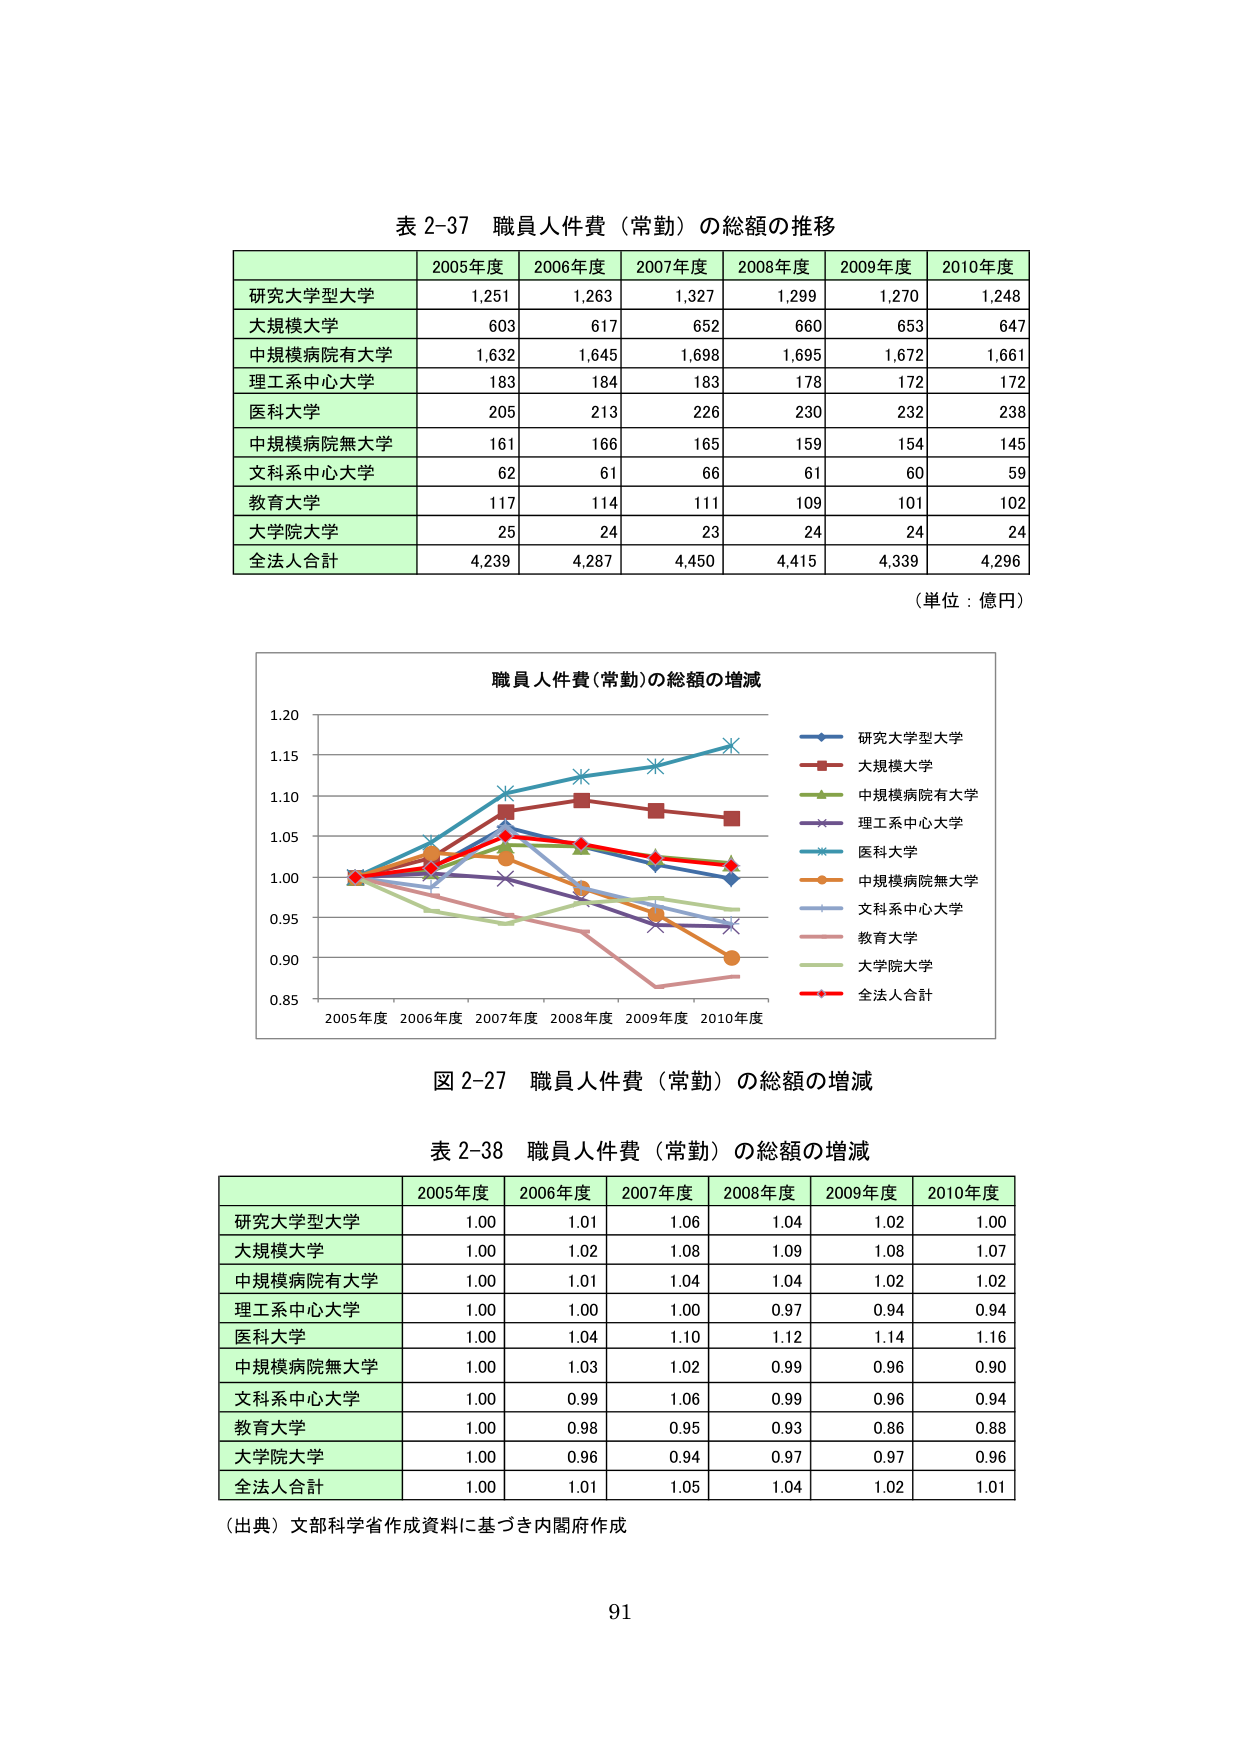
表 2-37 職員人件費（常勤）の総額の推移

2005年度 2006年度 2007年度 2008年度 2009年度 2010年度
研究大学型大学 1,251 1,263 1,327 1,299 1,270 1,248
大規模大学 603 617 652 660 653 647
中規模病院有大学 1,632 1,645 1,698 1,695 1,672 1,661
理工系中心大学 183 184 183 178 172 172
医科大学 205 213 226 230 232 238
中規模病院無大学 161 166 165 159 154 145
文科系中心大学 62 61 66 61 60 59
教育大学 117 114 111 109 101 102
大学院大学 25 24 23 24 24 24
全法人合計 4,239 4,287 4,450 4,415 4,339 4,296

（単位：億円）

職員人件費（常勤）の総額の増減
研究大学型大学
大規模大学
中規模病院有大学
理工系中心大学
医科大学
中規模病院無大学
文科系中心大学
教育大学
大学院大学
全法人合計

2005年度 2006年度 2007年度 2008年度 2009年度 2010年度
0.85 0.90 0.95 1.00 1.05 1.10 1.15 1.20

図 2-27 職員人件費（常勤）の総額の増減

表 2-38 職員人件費（常勤）の総額の増減

2005年度 2006年度 2007年度 2008年度 2009年度 2010年度
研究大学型大学 1.00 1.01 1.06 1.04 1.02 1.00
大規模大学 1.00 1.02 1.08 1.09 1.08 1.07
中規模病院有大学 1.00 1.01 1.04 1.04 1.02 1.02
理工系中心大学 1.00 1.00 1.00 0.97 0.94 0.94
医科大学 1.00 1.04 1.10 1.12 1.14 1.16
中規模病院無大学 1.00 1.03 1.02 0.99 0.96 0.90
文科系中心大学 1.00 0.99 1.06 0.99 0.96 0.94
教育大学 1.00 0.98 0.95 0.93 0.86 0.88
大学院大学 1.00 0.96 0.94 0.97 0.97 0.96
全法人合計 1.00 1.01 1.05 1.04 1.02 1.01

（出典）文部科学省作成資料に基づき内閣府作成

91